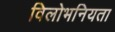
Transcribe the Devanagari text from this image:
विलोभनियता